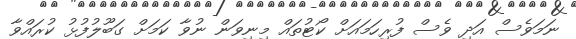
ނަމަވެސް އަދި ވެސް ފުރިހަމައަށް ކޯޓުތައް މިނިވަން ނުވާ ކަމަށް ގަބޫލުފުޅު ކުރައްވާ